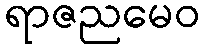
ရာဇညမေဝ